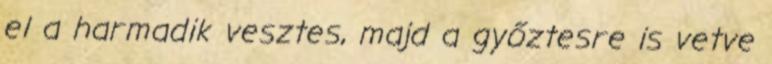
el a harmadik vesztes, majd a győztesre is vetve